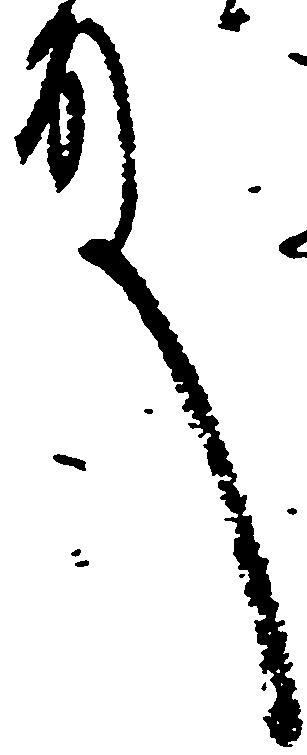
殿